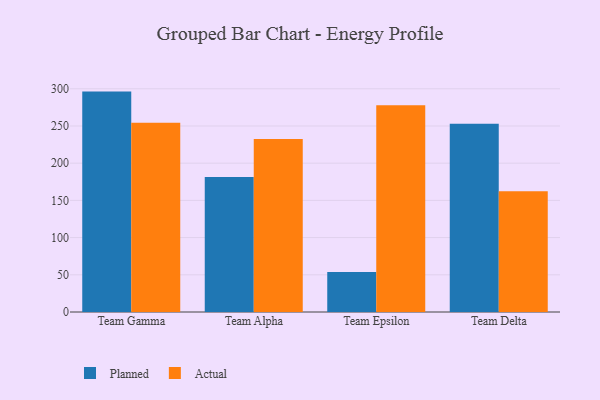
{"axis": {"x": "Team", "y": "Production Output"}, "legend": ["Actual", "Planned"], "data": [{"x": "Team Gamma", "y": 296.2, "type": "Planned"}, {"x": "Team Gamma", "y": 254.4, "type": "Actual"}, {"x": "Team Alpha", "y": 181.5, "type": "Planned"}, {"x": "Team Alpha", "y": 232.4, "type": "Actual"}, {"x": "Team Epsilon", "y": 53.7, "type": "Planned"}, {"x": "Team Epsilon", "y": 277.8, "type": "Actual"}, {"x": "Team Delta", "y": 252.9, "type": "Planned"}, {"x": "Team Delta", "y": 162.4, "type": "Actual"}]}